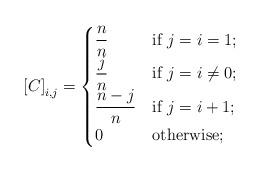
LaTeX: \begin{align*}\left[C \right]_{i,j}^{} = \begin{cases}\dfrac{n}{n} & \textnormal{if } j=i=1; \\\dfrac{j}{n} & \textnormal{if } j=i\neq 0; \\\dfrac{n-j}{n} & \textnormal{if } j=i+1; \\0& \textnormal{otherwise};\end{cases}\end{align*}